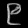
Digit: ၉